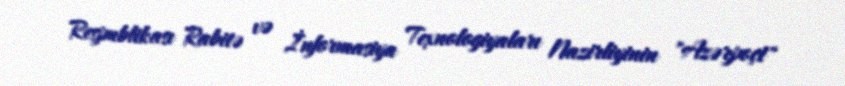
Respublikası Rabitə və İnformasiya Texnologiyaları Nazirliyinin "Azərpoçt"